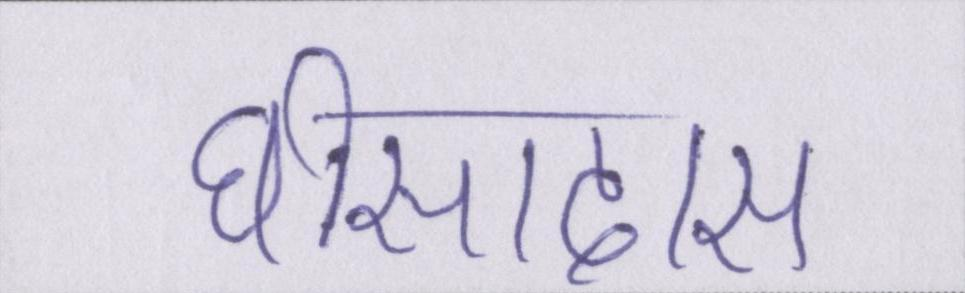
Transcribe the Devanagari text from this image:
घीसादास